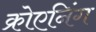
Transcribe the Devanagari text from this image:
क्रोएनिंग